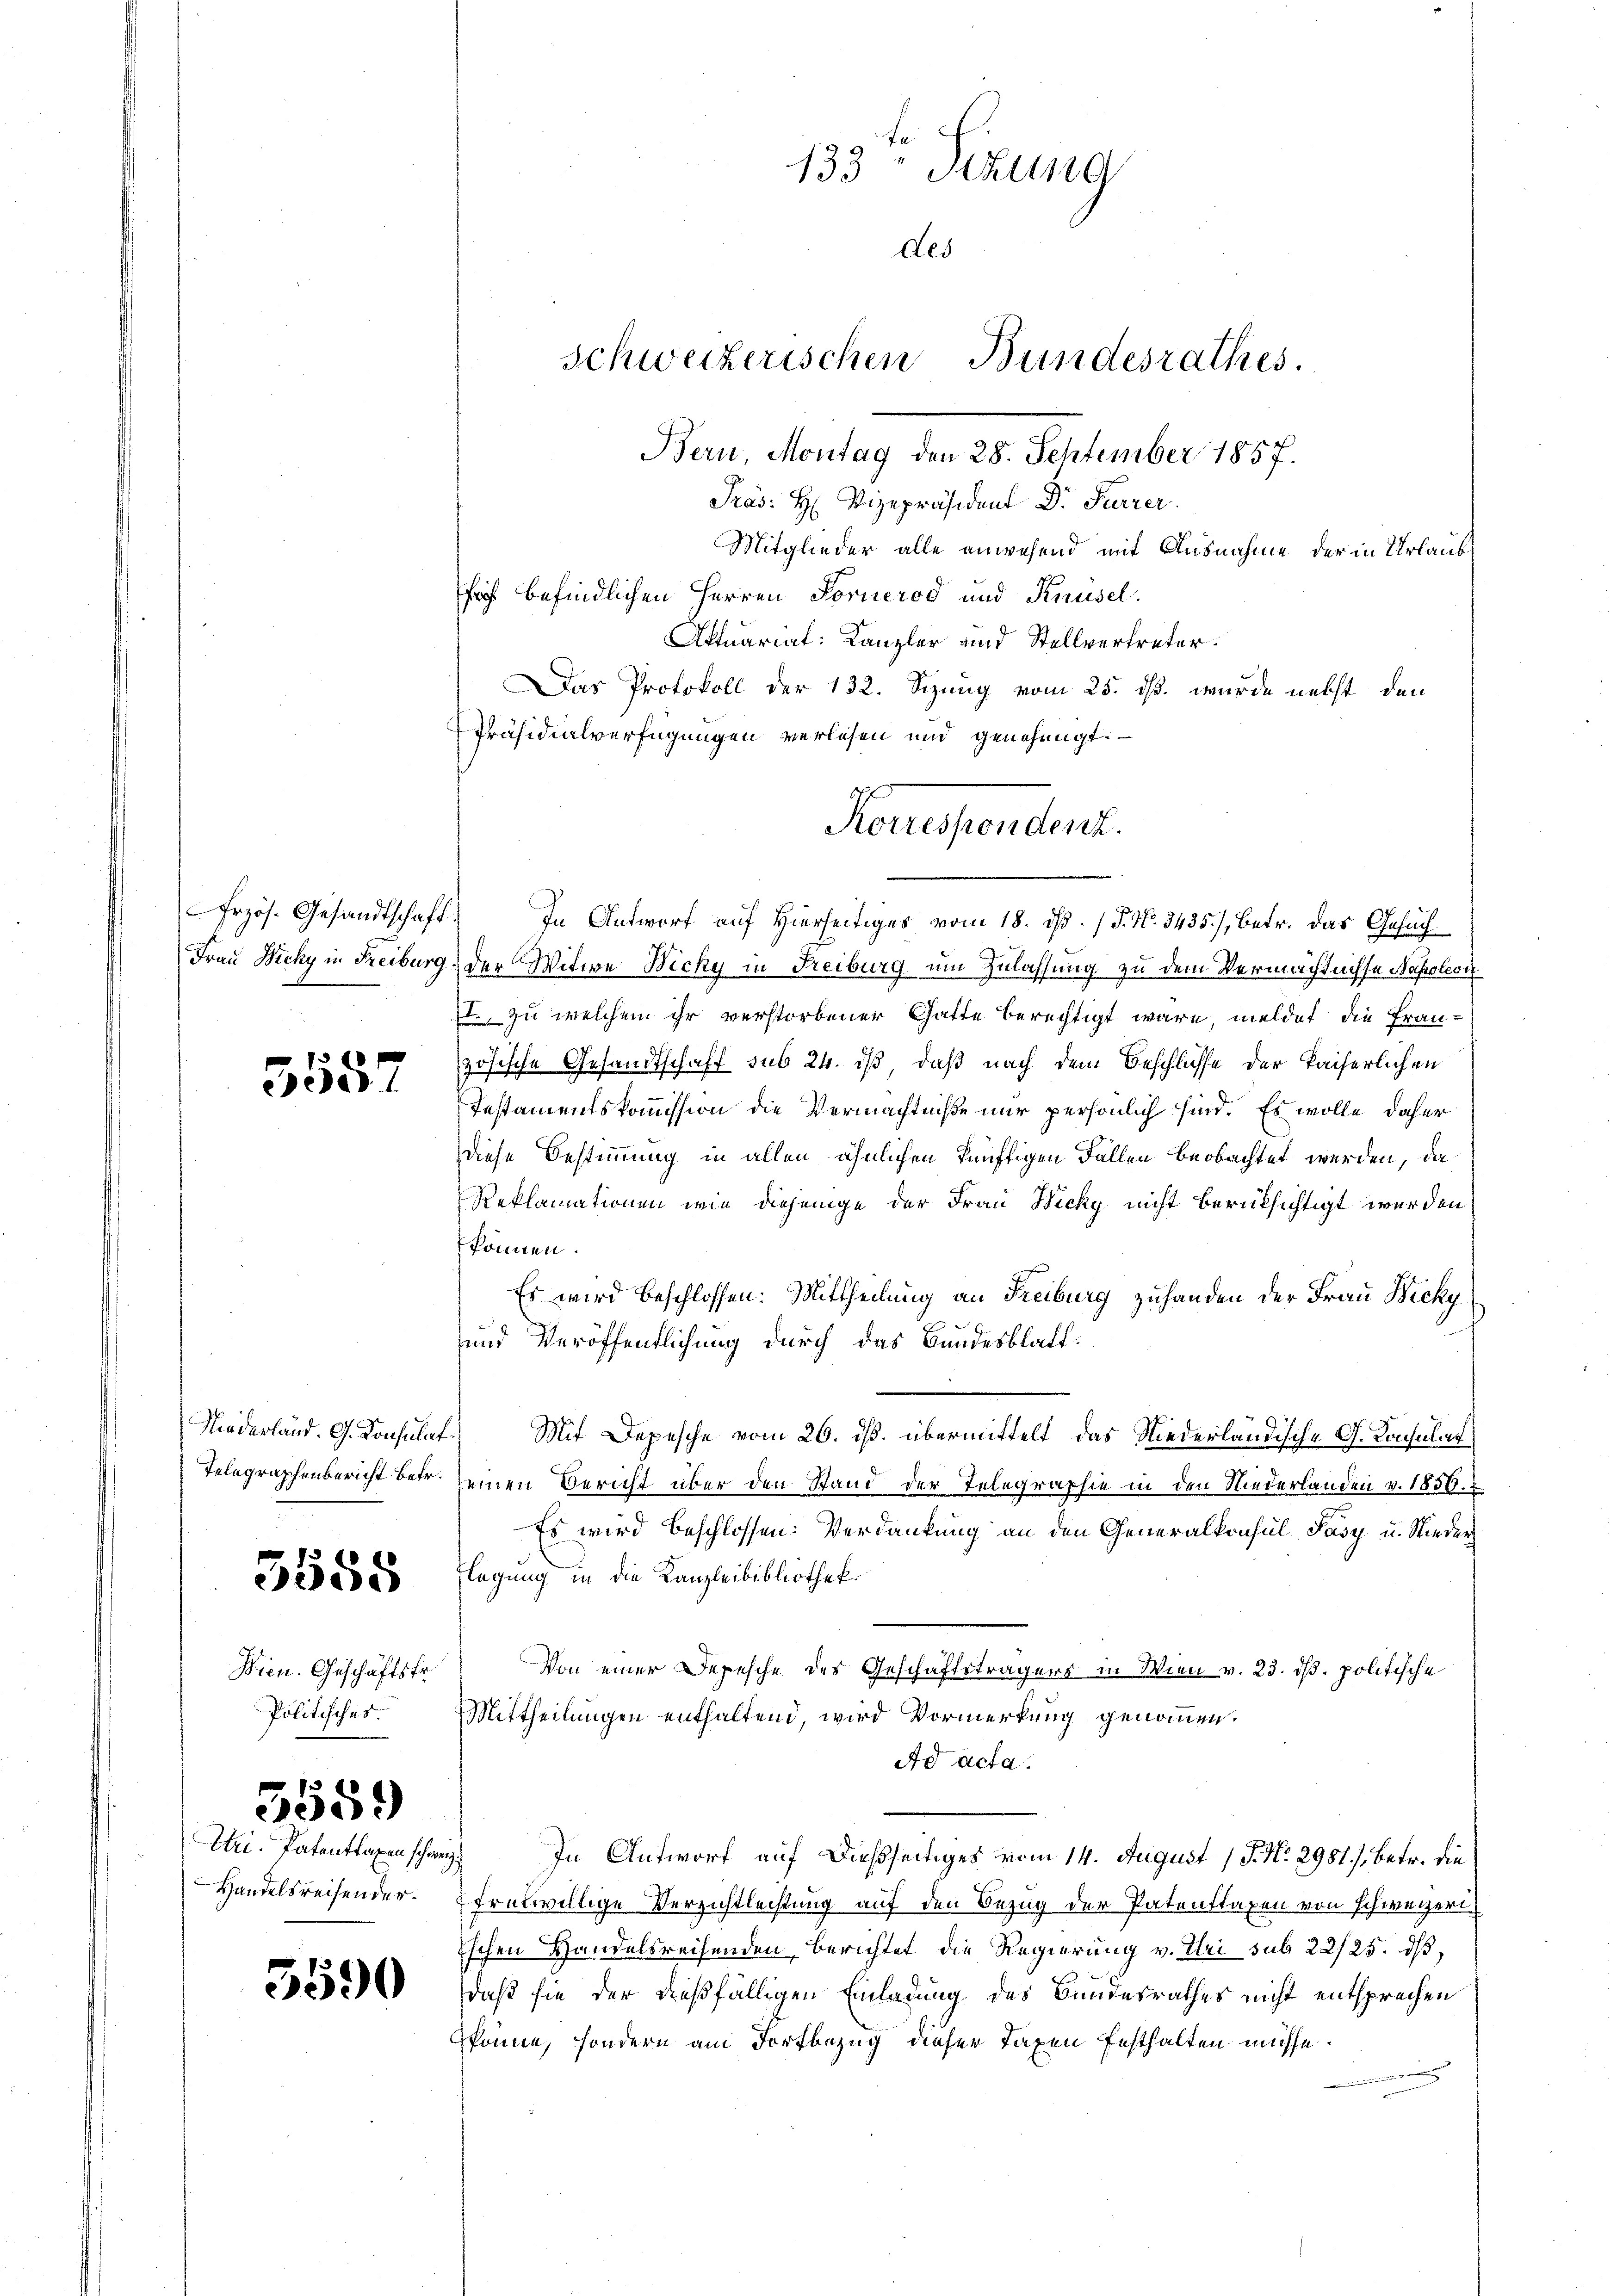
eede d

5558

Wien. Geschäftsfr.
Politisches.

Handelsreisender.

3559)

5590

Frzös. Gesandtschaft. In Antwort auf Hierseitiger vom 18. ds. (T. 46. 3435/, betr. das Gesuch
Frau Wicky in Freiburg, der Witwe Bicky in Freiburg um Zulassung zu dem Vermächtnisse Napoleon
II, zu welchem ihr verstorbener Gatte berechtigt wäre, meldet, die Französische Gesandtschaft sub 24. ist, daß nach dem Beschlusse der kaiserlichen
Testamentskommission die Vermächtniße nur persönlich sind. Es wolle daher
diese Bestimmung in allen ähnlichen künftigen Fällen beobachtet werden, da
Reklamationen wie diejenige der Frau Wicky nicht berücksichtigt werden,
können.
Es wird beschlossen: Mittheilung an Freiburg zuhanden der Frau Bicky
und Veröffentlichung durch das Bundesblatt:
Niederland. G. Konsulat. Mit Depesche vom 26. ds. übermittelt das Niederländische G. Konsulat
Telegraphenbericht betr. seinen Bericht über den Stand der Telegraphie in den Niederlanden v. 1856.
Es wird beschlossen: Verdankung an den Generalkonsul Pasy u. Nieder
Flegung in die Kanzleibibliothek.
Von einer Depesche des Geschäftsträgers in Wien v. 23. ds. politische
Mittheilungen enthaltend, wird Vormerkung genommen.
Ad acta.
Uri. Patentragen schweiz. In Antwort auf dießseitiges vom 14. August 1 P. Nr. 2981./, betr. die
freiwillige Verzichtlechtung auf den Bezug der Patenttaxen von schweizeri
Eschen Handelsreisenden berichtet die Regierung v. Uri sub 22/25. dß
daß sie der dießfälligen Einladung des Bundesrathes nicht entsprechen
könne, sondern am Fortbezug dieser Taxen festhalten müsse.
n

t
133 Sizung
des
Schweizerischen Bundesrathes.
Bern, Montag den 28. September 1857.
Pras: H: Vizepräsident Dr. Feurer.
Mitglieder alle anwesend mit Ausnahme der in Urlaub
froh befindlichen Herren Fornerod und Knüsel.
Aktuariat: Kanzler und Stellvertreter.
Das Protokoll der 132. Sizung vom 25. ds. wurde nebst den
Präsidialverfügungen verlesen und genehmigt.

Reuespondert.